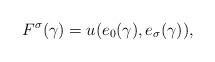
LaTeX: \begin{align*} F^\sigma(\gamma)=u(e_0(\gamma),e_\sigma(\gamma)),\end{align*}